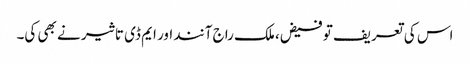
اس کی تعریف تو فیض، ملک راج آنند اور ایم ڈی تاثیر نے بھی کی۔